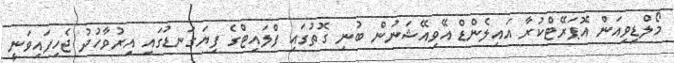
މޯލްޑިވިއަން އޮޕަރޭޓްކުރާ އައިލެންޑް އޭވިއޭޝަނުން ބުނި ގޮތުގައި ފްލައިޓްގެ ފިޔަގަނޑުގައި އިރުވާހުދު ޖެހިފައިވަނީ